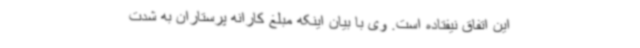
این اتفاق نیفتاده است. وی با بیان اینکه مبلغ کارانه پرستاران به شدت